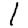
Digit: 1